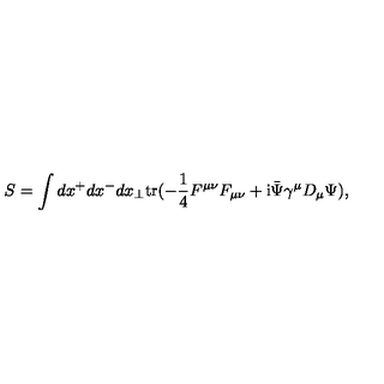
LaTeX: S = \int d x ^ { + } d x ^ { - } d x _ { \perp } \mathrm { t r } ( - \frac { 1 } { 4 } F ^ { \mu \nu } F _ { \mu \nu } + \mathrm { i } { \bar { \Psi } } \gamma ^ { \mu } D _ { \mu } \Psi ) ,